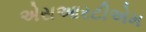
એસઆરટીએમ